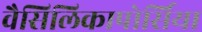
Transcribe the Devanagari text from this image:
वैसिलिकापोर्सिया